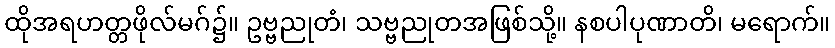
ထိုအရဟတ္တဖိုလ်မဂ်၌။ ဥဗ္ဗညုတံ၊ သဗ္ဗညုတအဖြစ်သို့။ နစပါပုဏာတိ၊ မရောက်။